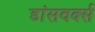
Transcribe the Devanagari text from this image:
डांसवर्क्स